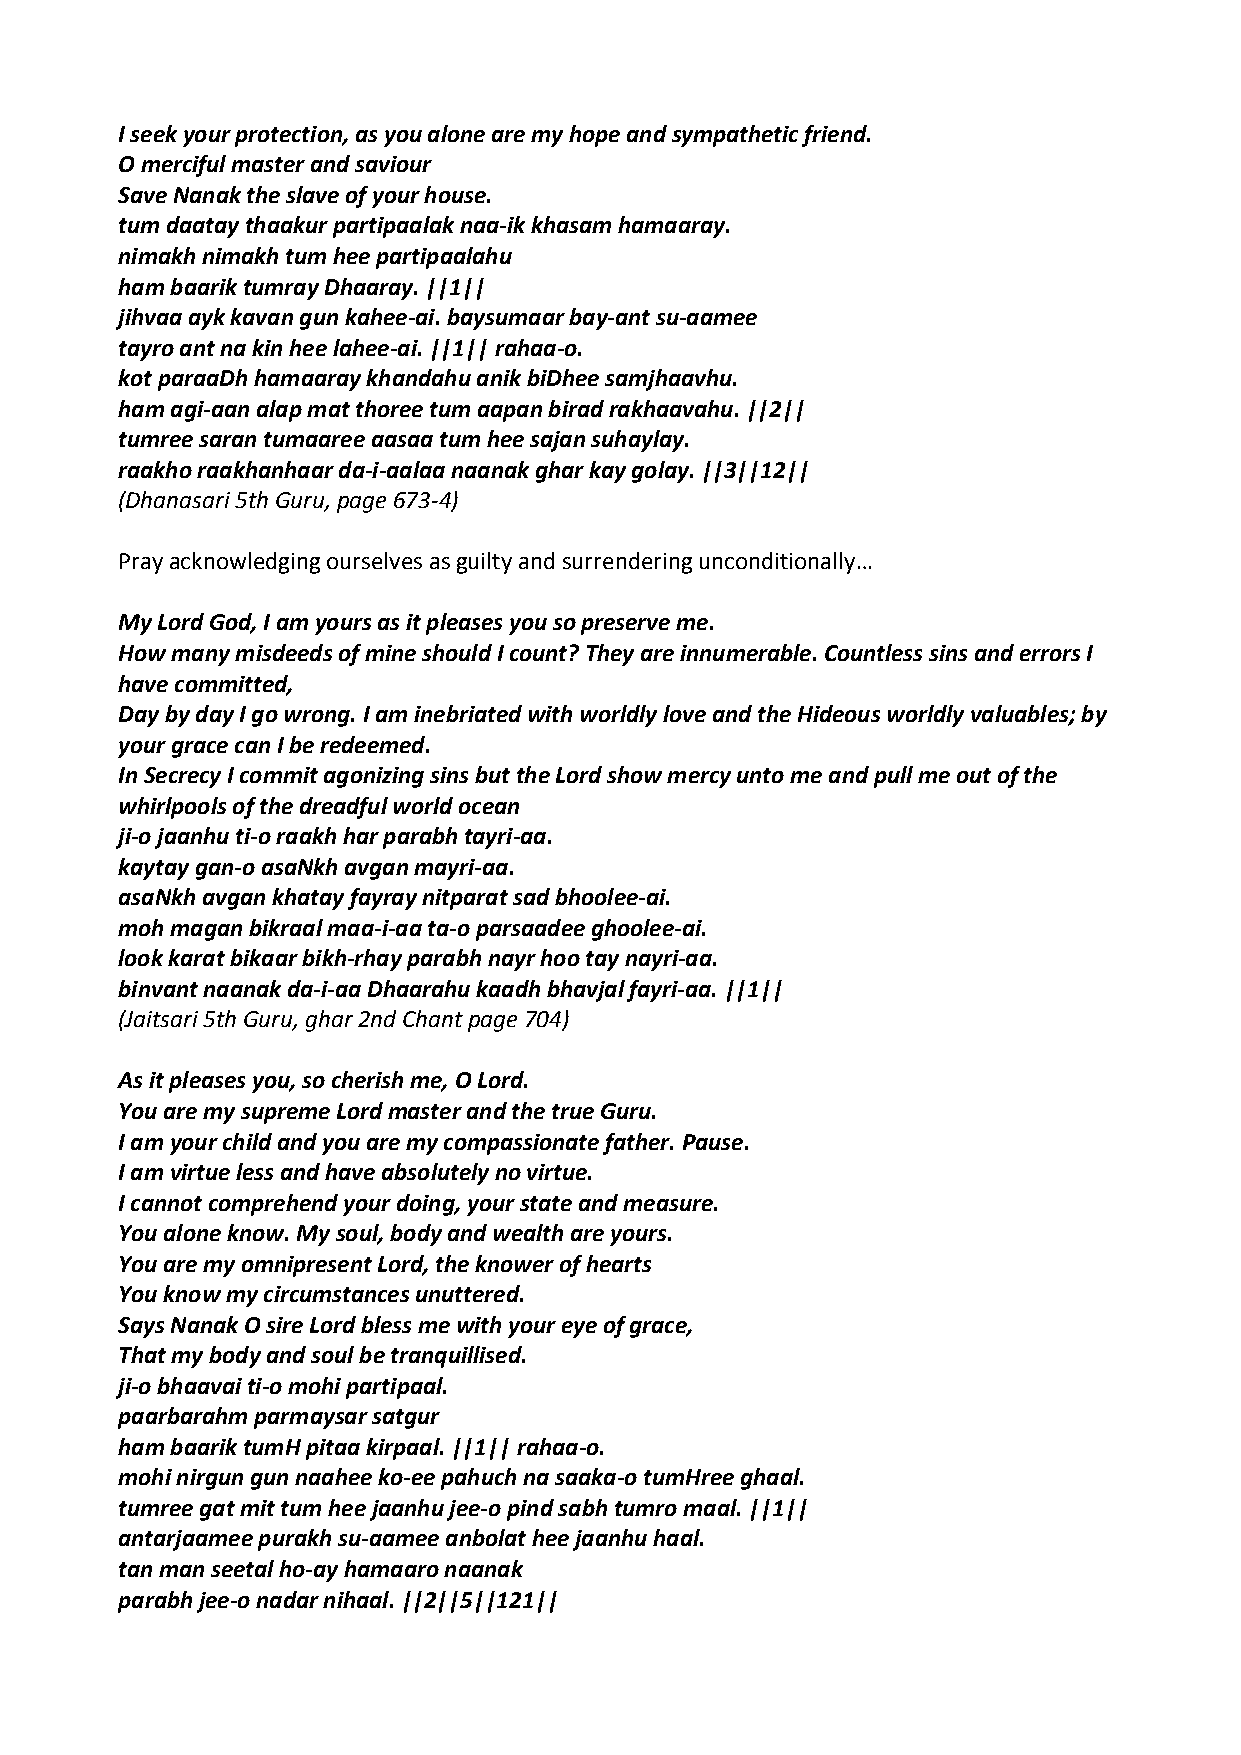
I seek your protection, as you alone are my hope and sympathetic friend.
 O merciful master and saviour
 Save Nanak the slave of your house.
 tum daatay thaakur partipaalak naa‐ik khasam hamaaray.
 nimakh nimakh tum hee partipaalahu
 ham baarik tumray Dhaaray. ||1||
 jihvaa ayk kavan gun kahee‐ai. baysumaar bay‐ant su‐aamee
 tayro ant na kin hee lahee‐ai. ||1|| rahaa‐o.
 kot paraaDh hamaaray khandahu anik biDhee samjhaavhu.
 ham agi‐aan alap mat thoree tum aapan birad rakhaavahu. ||2||
 tumree saran tumaaree aasaa tum hee sajan suhaylay.
 raakho raakhanhaar da‐i‐aalaa naanak ghar kay golay. ||3||12||
 (Dhanasari 5th Guru, page 673‐4)
 Pray acknowledging ourselves as guilty and surrendering unconditionally…
 My Lord God, I am yours as it pleases you so preserve me.
 How many misdeeds of mine should I count? They are innumerable. Countless sins and errors I
 have committed,
 Day by day I go wrong. I am inebriated with worldly love and the Hideous worldly valuables; by
 your grace can I be redeemed.
 In Secrecy I commit agonizing sins but the Lord show mercy unto me and pull me out of the
 whirlpools of the dreadful world ocean
 ji‐o jaanhu ti‐o raakh har parabh tayri‐aa.
 kaytay gan‐o asaNkh avgan mayri‐aa.
 asaNkh avgan khatay fayray nitparat sad bhoolee‐ai.
 moh magan bikraal maa‐i‐aa ta‐o parsaadee ghoolee‐ai.
 look karat bikaar bikh‐rhay parabh nayr hoo tay nayri‐aa.
 binvant naanak da‐i‐aa Dhaarahu kaadh bhavjal fayri‐aa. ||1||
 (Jaitsari 5th Guru, ghar 2nd Chant page 704)
 As it pleases you, so cherish me, O Lord.
 You are my supreme Lord master and the true Guru.
 I am your child and you are my compassionate father. Pause.
 I am virtue less and have absolutely no virtue.
 I cannot comprehend your doing, your state and measure.
 You alone know. My soul, body and wealth are yours.
 You are my omnipresent Lord, the knower of hearts
 You know my circumstances unuttered.
 Says Nanak O sire Lord bless me with your eye of grace,
 That my body and soul be tranquillised.
 ji‐o bhaavai ti‐o mohi partipaal.
 paarbarahm parmaysar satgur
 ham baarik tumH pitaa kirpaal. ||1|| rahaa‐o.
 mohi nirgun gun naahee ko‐ee pahuch na saaka‐o tumHree ghaal.
 tumree gat mit tum hee jaanhu jee‐o pind sabh tumro maal. ||1||
 antarjaamee purakh su‐aamee anbolat hee jaanhu haal.
 tan man seetal ho‐ay hamaaro naanak
 parabh jee‐o nadar nihaal. ||2||5||121||